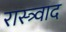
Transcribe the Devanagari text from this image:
रास्त्र्वाद